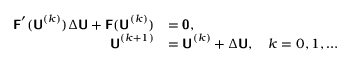
\begin{array} { r l } { \mathbf { \boldsymbol { \mathsf { F } } } ^ { \prime } ( \mathbf { \boldsymbol { \mathsf { U } } } ^ { ( k ) } ) \Delta \mathbf { \boldsymbol { \mathsf { U } } } + \mathbf { \boldsymbol { \mathsf { F } } } ( \mathbf { \boldsymbol { \mathsf { U } } } ^ { ( k ) } ) } & { = \mathbf { \boldsymbol { \mathsf { 0 } } } , } \\ { \mathbf { \boldsymbol { \mathsf { U } } } ^ { ( k + 1 ) } } & { = \mathbf { \boldsymbol { \mathsf { U } } } ^ { ( k ) } + \Delta \mathbf { \boldsymbol { \mathsf { U } } } , \quad k = 0 , 1 , \dots } \end{array}